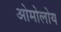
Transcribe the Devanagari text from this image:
ओमोलोय